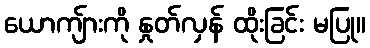
ယောကျ်ားကို နှုတ်လှန် ထိုးခြင်း မပြု။